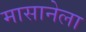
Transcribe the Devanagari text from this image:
मासानेला